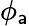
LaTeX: \phi_{\mathsf{a}}